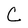
Character: C